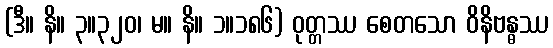
(ဒီ။ နိ။ ၃။၃၂၀၊ မ။ နိ။ ၁။၁၈၆) ဝုတ္တဿ စေတသော ဝိနိဗန္ဓဿ